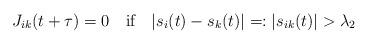
LaTeX: \begin{align*}J_{ik}(t+\tau)=0\quad\mbox{if}\quad |s_i(t)-s_k(t)|=:|s_{ik}(t)|>\lambda_2\end{align*}